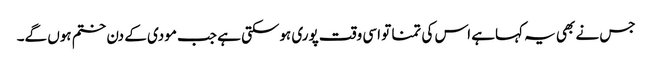
جس نے بھی یہ کہاہے اس کی تمنا تو اسی وقت پوری ہوسکتی ہے جب مودی کے دن ختم ہوں گے۔